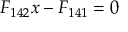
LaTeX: F _ { 1 4 2 } x - F _ { 1 4 1 } = 0